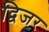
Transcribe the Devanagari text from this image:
द्विजर